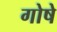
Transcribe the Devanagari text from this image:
गोषे